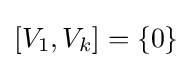
[V_{1},V_{k}]=\{0\}